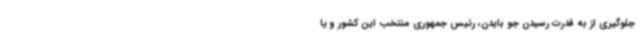
جلوگیری از به قدرت رسیدن جو بایدن، رئیس جمهوری منتخب این کشور و یا